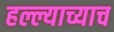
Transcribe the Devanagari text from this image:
हल्ल्याच्याच